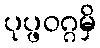
ပုပ္ဖဝဂ္ဂမှိ